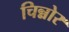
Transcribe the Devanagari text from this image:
चिन्नोर